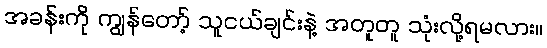
အခန်းကို ကျွန်တော့် သူငယ်ချင်းနဲ့ အတူတူ သုံးလို့ရမလား။